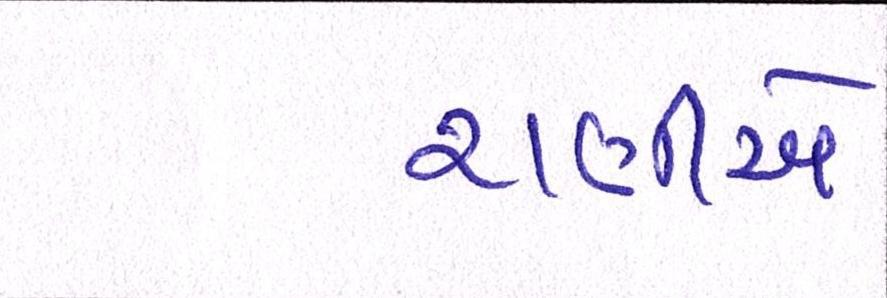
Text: રાણીએ